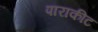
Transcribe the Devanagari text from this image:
पाराकीट